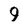
Character: 9